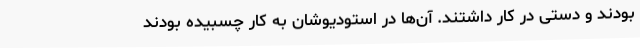
بودند و دستی در کار داشتند. آن‌ها در استودیوشان به کار چسبیده بودند